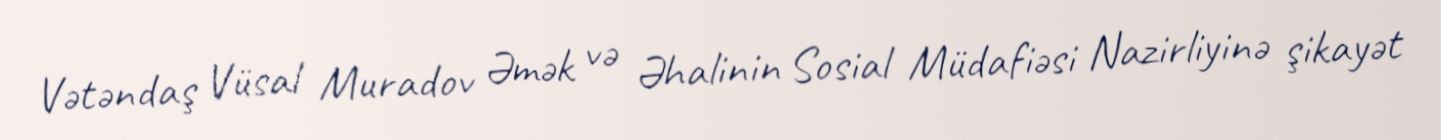
Vətəndaş Vüsal Muradov Əmək və Əhalinin Sosial Müdafiəsi Nazirliyinə şikayət